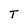
Character: T